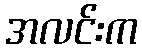
အလင်းက